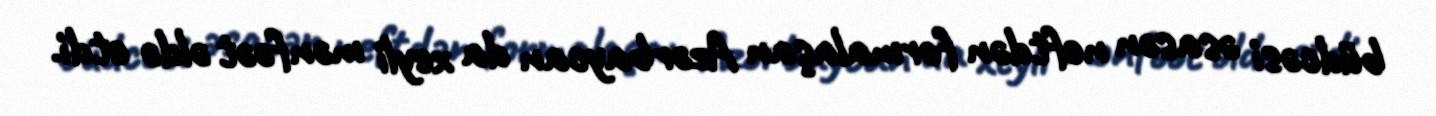
büdcəsi əsasən neftdən formalaşan Azərbaycan da xeyli mənfəət əldə etdi.